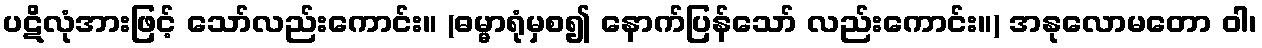
ပဋိလုံအားဖြင့် သော်လည်းကောင်း။ (ဓမ္မာရုံမှစ၍ နောက်ပြန်သော် လည်းကောင်း။) အနုလောမတော ဝါ၊